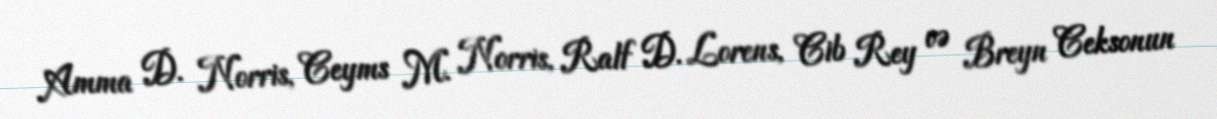
Amma D. Norris, Ceyms M. Norris, Ralf D. Lorens, Cib Rey və Breyn Ceksonun